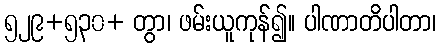
၅၂၉+၅၃၀+ တွာ၊ ဖမ်းယူကုန်၍။ ပါဏာတိပါတာ၊